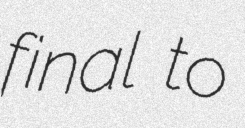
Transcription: final to